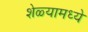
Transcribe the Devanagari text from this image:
शेळ्यामध्ये